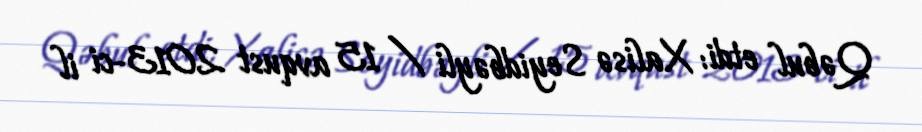
Qəbul etdi: Xalisə Seyidbəyli / 15 avqust 2013-ci il